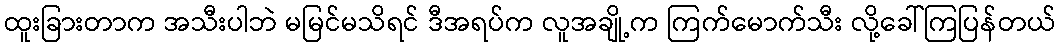
ထူးခြားတာက အသီးပါဘဲ မမြင်မသိရင် ဒီအရပ်က လူအချို့က ကြက်မောက်သီး လို့ခေါ်ကြပြန်တယ်